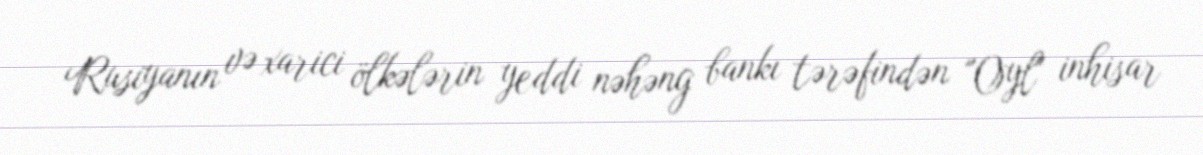
Rusiyanın və xarici ölkələrin yeddi nəhəng bankı tərəfindən "Oyl" inhisar